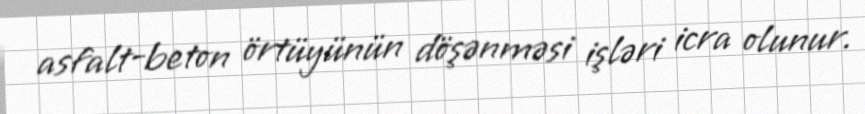
asfalt-beton örtüyünün döşənməsi işləri icra olunur.